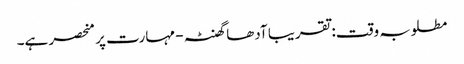
مطلوبہ وقت: تقریبا آدھا گھنٹہ - مہارت پر منحصر ہے۔